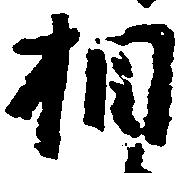
相